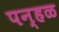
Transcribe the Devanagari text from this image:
पन्हळ